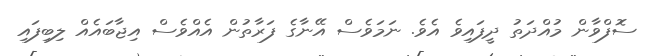
ސޮފްވާން މުއްދަތު ދީފައިވެ އެވެ. ނަމަވެސް އޭނާގެ ފަރާތުން އެއްވެސް އިޖާބައެއް ލިބިފައި